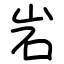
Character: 岩